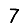
Digit: 7